Report of the Indian Hemp Drugs Commission, 1894-1895 - Volume V
Year: 1894
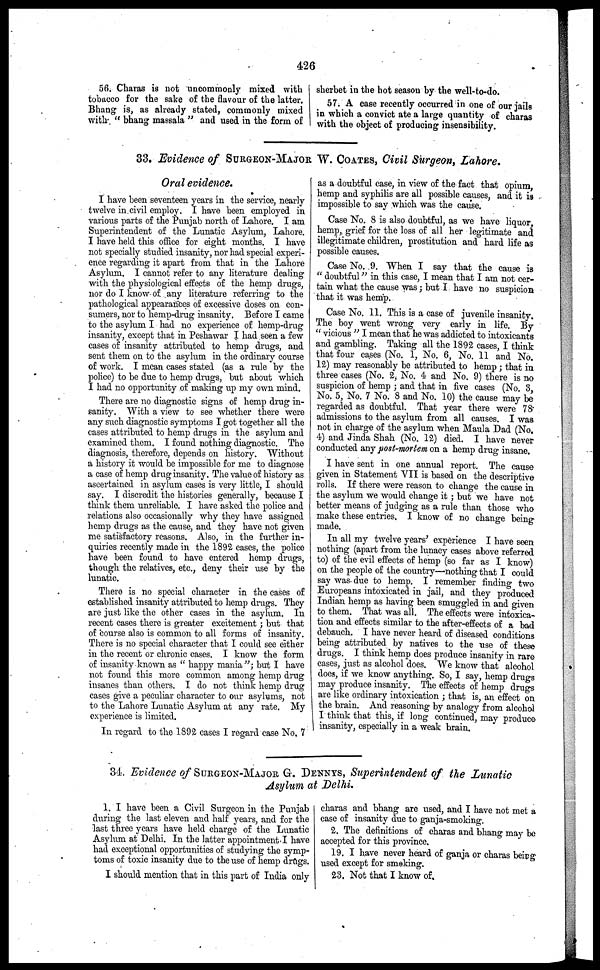
426
56. Charas is not uncommonly mixed with
tobacco for the sake of the flavour of the latter.
Bhang is, as already stated, commonly mixed
with " bhang massala " and used in the form of
sherbet in the hot season by the well-to-do.
57. A case recently occurred in one of our jails
in which a convict ate a large quantity of charas
with the object of producing insensibility.
33. Evidence of SURGEON-MAJOR W. COATES, Civil Surgeon, Lahore.
Oral evidence.
I have been seventeen years in the service, nearly
twelve in civil employ. I have been employed in
various parts of the Punjab north of Lahore. I am
Superintendent of the Lunatic Asylum, Lahore.
I have held this office for eight mouths. I have
not specially studied insanity, nor had special experi-
ence regarding it apart from that in the Lahore
Asylum. I cannot refer to any literature dealing
with the physiological effects of the hemp drugs,
nor do I know of any literature referring to the
pathological appearances of excessive doses on con-
sumers, nor to hemp-drug insanity. Before I came
to the asylum I had no experience of hemp-drug
insanity, except that in Peshawar I had seen a few
cases of insanity attributed to hemp drugs, and
sent them on to the asylum in the ordinary course
of work. I mean cases stated (as a rule by the
police) to be due to hemp drugs, but about which
I had no opportunity of making up my own mind.
There are no diagnostic signs of hemp drug in-
sanity. With a view to see whether there were
any such diagnostic symptoms I got together all the
cases attributed to hemp drugs in the asylum and
examined them. I found nothing diagnostic. The
diagnosis, therefore, depends on history. Without
a history it would be impossible for me to diagnose
a case of hemp drug insanity. The value of history as
ascertained in asylum cases is very little, I should
say. I discredit the histories generally, because I
think them unreliable. I have asked the police and
relations also occasionally why they have assigned
hemp drugs as the cause, and they have not given
me satisfactory reasons. Also, in the further in-
quiries recently made in the 1892 cases, the police
have been found to have entered hemp drugs,
though the relatives, etc., deny their use by the
lunatic.
There is no special character in the cases of
established insanity attributed to hemp drugs. They
are just like the other cases in the asylum. In
recent cases there is greater excitement ; but that
of course also is common to all forms of insanity.
There is no special character that I could see either
in the recent or chronic cases. I know the form
of insanity known as " happy mania"; but I have
not found this more common among hemp drug
insanes than others. I do not think hemp drug
cases give a peculiar character to our asylums, not
to the Lahore Lunatic Asylum at any rate. My
experience is limited.
In regard to the 1892 cases I regard case No. 7
as a doubtful case, in view of the fact that opium,
hemp and syphilis are all possible causes, and it is
impossible to say which was the cause.
Case No. 8 is also doubtful, as we have liquor,
hemp, grief for the loss of all her legitimate and
illegitimate children, prostitution and hard life as
possible causes.
Case No. .9. When I say that the cause is
" doubtful" in this case, I mean that I am not cer-
tain what the cause was; but I have no suspicion
that it was hemp.
Case No. 11. This is a case of juvenile insanity.
The boy went wrong very early in life. By
" vicious " I mean that he was addicted to intoxicants
and gambling. Taking all the 1892 cases, I think
that four cases (No. 1, No. 6, No. 11 and No.
12.) may reasonably be attributed to hemp ; that in
three cases (No. 2, No. 4 and No. 9) there is no
suspicion of hemp ; and that in five cases (No. 3,
No. 5, No. 7 No. 8 and No. 10) the cause may be
regarded as doubtful. That year there were 78.
admissions to the asylum from all causes. I was
not in charge of the asylum when Maula Dad (No.
4) and Jinda Shah (No. 12) died. I have never
conducted any post-mortem on a hemp drug insane.
I have sent in one annual report. The cause
given in Statement VII is based on the descriptive
rolls. If there were reason to change the cause in
the asylum we would change it ; but we have not
better means of judging as a rule than those who
make these entries. I know of no change being
made.
In all my twelve years' experience I have seen
nothing (apart from the lunacy cases above referred
to) of the evil effects of hemp (so far as I know)
on the people of the country—nothing that I could
say was due to hemp. I remember finding two
Europeans intoxicated in jail, and they produced
Indian hemp as having been smuggled in and given
to them. That was all. The effects were intoxica-
tion and effects similar to the after-effects of a, bad
debauch. I have never heard of diseased conditions
being attributed by natives to the use of these
drugs. I think hemp does produce insanity in rare
cases, just as alcohol does. We know that alcohol
does, if we know anything. So, I say, hemp drugs
may produce insanity. The effects of hemp drugs
are like ordinary intoxication ; that is, an effect on
the brain. And reasoning by analogy from alcohol
I think that this, if long continued, may produce
insanity, especially in a weak brain.
34 Evidence of SURGEON-MAJOR G. DENNYS , Superintendent of the Lunatic
Asylum at Delhi.
1. I have been a Civil Surgeon in the Punjab
during the last eleven and half years, and for the
last three years have held charge of the Lunatic
Asylum at Delhi. In the latter appointment. I have
had exceptional opportunities of studying the symp-
toms of toxic insanity due to the use of hemp drugs.
I should mention that in this part of India only
charas and bhang are used, and I have not met a
case of insanity due to ganja-smoking.
2. The definitions of charas and bhang may be
accepted for this province.
19. I have never heard of ganja or charas being
used except for smoking.
23. Not that I know of.